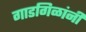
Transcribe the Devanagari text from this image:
गाडगिळांनी